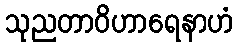
သုညတာဝိဟာရေနာဟံ